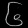
Digit: ၆